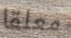
معلقا